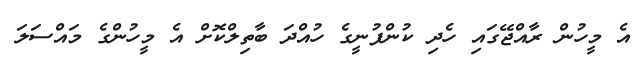
އެ މީހުން ރާއްޖޭގައި ހެދި ކުންފުނީގެ ހުއްދަ ބާތިލްކޮށް އެ މީހުންގެ މައްސަލަ